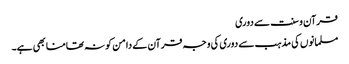
قرآن و سنت سے دوری
مسلمانوں کی مذہب سے دوری کی وجہ قرآن کے دامن کو نہ تھامنا بھی ہے۔